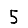
Digit: 5